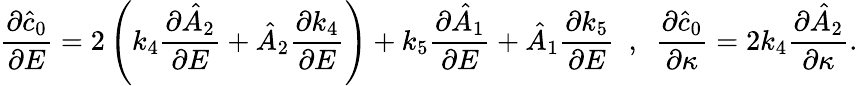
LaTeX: \frac{\partial\hat{c}_{0}}{\partial E}=2\left(k_{4}\frac{\partial\hat{A}_{2}}{\partial E}+\hat{A}_{2}\frac{\partial k_{4}}{\partial E}\right)+k_{5}\frac{\partial\hat{A}_{1}}{\partial E}+\hat{A}_{1}\frac{\partial k_{5}}{\partial E}~~,~~\frac{\partial\hat{c}_{0}}{\partial\kappa}=2k_{4}\frac{\partial\hat{A}_{2}}{\partial\kappa}.